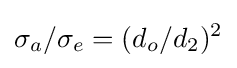
\sigma _{a}/\sigma _{e}=(d_{o}/d_{2})^{2}